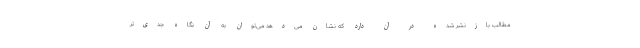
مطالب بازنشر شده در آن دارد که نشان می‌دهد می‌توان به آن نگاه جدی‌تر